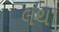
લથા